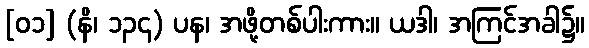
[၀၁] (နိ၊ ၁၃၄) ပန၊ အဖို့တစ်ပါးကား။ ယဒါ၊ အကြင်အခါ၌။